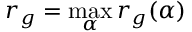
r _ { g } = \operatorname* { m a x } _ { \alpha } r _ { g } ( \alpha )